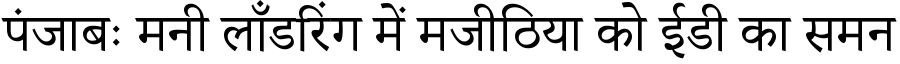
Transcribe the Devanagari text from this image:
पंजाबः मनी लॉंडरिंग में मजीठिया को ईडी का समन